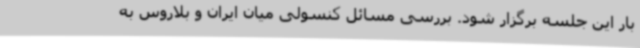
بار این جلسه برگزار شود. بررسی مسائل کنسولی میان ایران و بلاروس به